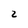
Character: 2